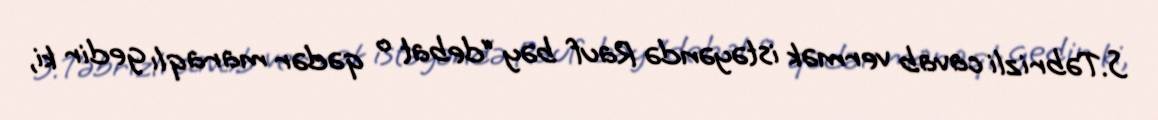
S.Təbrizli cavab vermək istəyəndə Rauf bəy “debat o qədər maraqlı gedir ki,